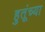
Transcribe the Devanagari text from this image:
हुतूंच्‍या